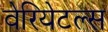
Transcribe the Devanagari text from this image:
वेरियेटल्स